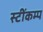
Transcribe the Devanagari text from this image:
स्टींकम्प